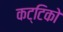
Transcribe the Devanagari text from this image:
कट्टिको